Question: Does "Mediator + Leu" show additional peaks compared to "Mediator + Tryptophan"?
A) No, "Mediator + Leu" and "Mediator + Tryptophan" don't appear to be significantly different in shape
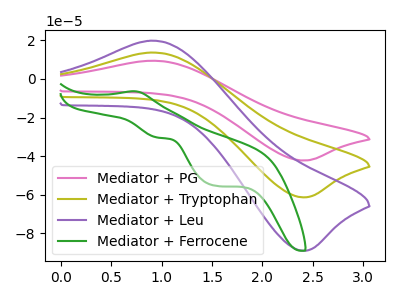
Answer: <think>The pink curve "Mediator + PG" has an anodic peak at (0.90V, 27.25uA) and a cathodic peak at (2.40V, -122.70uA). The olive curve "Mediator + Tryptophan" has an anodic peak at (0.90V, 13.65uA) and a cathodic peak at (2.40V, -61.35uA). The purple curve "Mediator + Leu" has an anodic peak at (0.90V, 19.80uA) and a cathodic peak at (2.40V, -89.00uA). The green curve "Mediator + Ferrocene" has an anodic peak at (0.70V, -6.40uA) and cathodic peaks at (0.95V, -30.40uA) (1.55V, -55.35uA).
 All the peaks in "Mediator + Leu" have a peak in "Mediator + Tryptophan" at the same potential. Every peak in "Mediator + Leu" is higher than every peak in "Mediator + Tryptophan".</think>
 <answer>A) No, "Mediator + Leu" and "Mediator + Tryptophan" don't appear to be significantly different in shape</answer>
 <eval>A</eval>